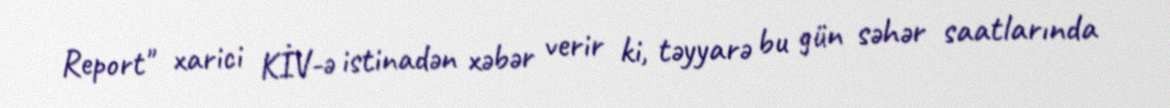
Report" xarici KİV-ə istinadən xəbər verir ki, təyyarə bu gün səhər saatlarında